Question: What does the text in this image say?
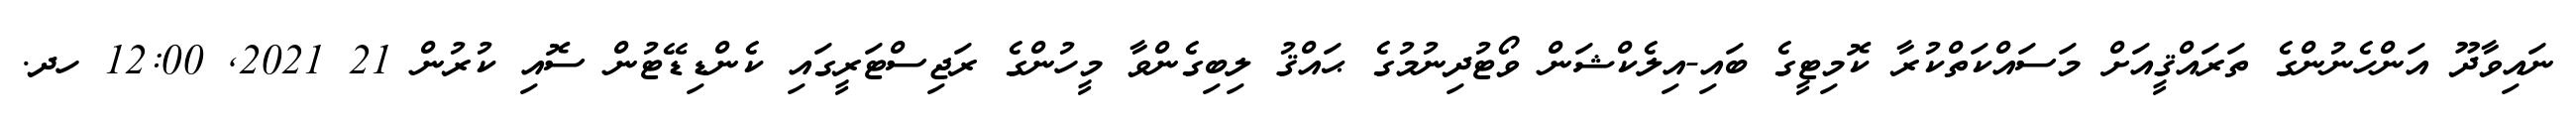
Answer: ނައިވާދޫ އަންހެނުންގެ ތަރައްޤީއަށް މަސައްކަތްކުރާ ކޮމިޓީގެ ބައި-އިލެކްޝަން ވޯޓުދިނުމުގެ ޙައްޤު ލިބިގެންވާ މީހުންގެ ރަޖިސްޓަރީގައި ކެންޑިޑޭޓުން ސޮއި ކުރުން 21 2021, 12:00 ހދ.